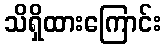
သိရှိထားကြောင်း